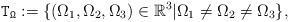
LaTeX: \begin{align*}\mathtt{T_\Omega}:=\{(\Omega_1,\Omega_2,\Omega_3)\in \mathbb{R}^3| \Omega_1\neq\Omega_2\neq\Omega_3\},\end{align*}